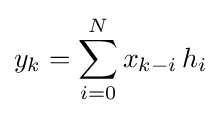
y_{k}=\sum _{i=0}^{N}x_{k-i}\,h_{i}